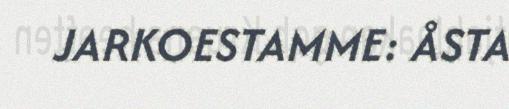
JARKOESTAMME: ÅSTA